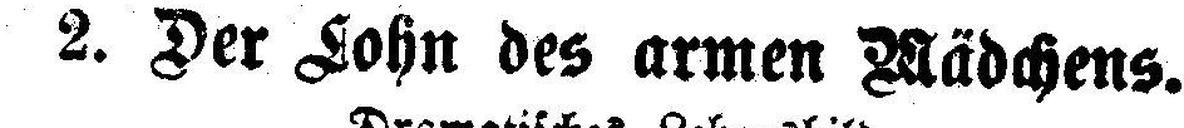
2. Der Lohn des armen Mädchens.